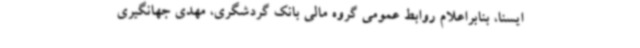
ایسنا، بنابراعلام روابط عمومی گروه مالی بانک گردشگری، مهدی جهانگیری